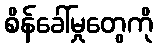
စိန်ခေါ်မှုတွေကို